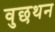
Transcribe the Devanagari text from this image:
वुछथन